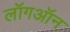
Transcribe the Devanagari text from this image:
लॉगऑन